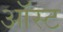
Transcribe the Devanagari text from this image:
ऑस्ट